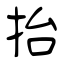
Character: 抬